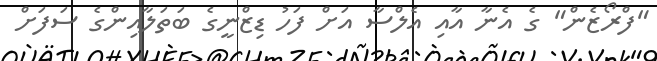
"ފްރޯޒެން" ގެ އެނާ އާއި އެލްސާ އަށް ފަހު ޑިޒްނީގެ ބަތަލާއިންގެ ސަފަށް